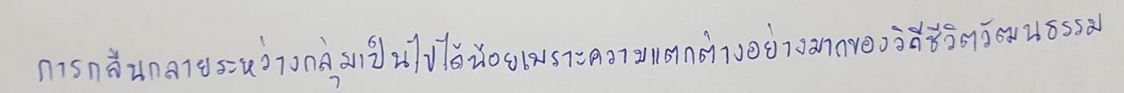
การกลืนกลายระหว่างกลุ่มเป็นไปได้น้อยเพราะความแตกต่างอย่างมากของวิถีชีวิตวัฒนธรรม